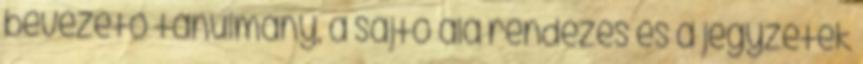
bevezető tanulmány, a sajtó alá rendezés és a jegyzetek